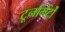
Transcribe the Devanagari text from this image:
टूर्नामेंर्टों